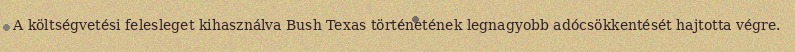
A költségvetési felesleget kihasználva Bush Texas történetének legnagyobb adócsökkentését hajtotta végre.